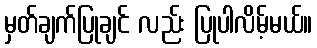
မှတ်ချက်ပြုချင် လည်း ပြုပါလိမ့်မယ်။